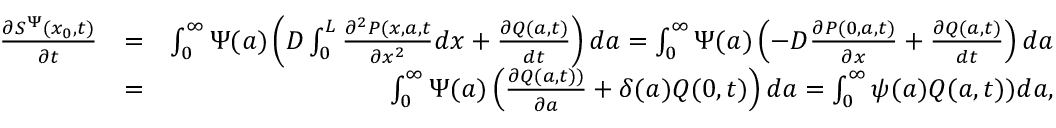
\begin{array} { r l r } { \frac { \partial S ^ { \Psi } ( x _ { 0 } , t ) } { \partial t } } & { = } & { \int _ { 0 } ^ { \infty } \Psi ( a ) \left( D \int _ { 0 } ^ { L } \frac { \partial ^ { 2 } P ( x , a , t } { \partial x ^ { 2 } } d x + \frac { \partial Q ( a , t ) } { d t } \right) d a = \int _ { 0 } ^ { \infty } \Psi ( a ) \left( - D \frac { \partial P ( 0 , a , t ) } { \partial x } + \frac { \partial Q ( a , t ) } { d t } \right) d a } \\ & { = } & { \int _ { 0 } ^ { \infty } \Psi ( a ) \left( \frac { \partial Q ( a , t ) ) } { \partial a } + \delta ( a ) Q ( 0 , t ) \right) d a = \int _ { 0 } ^ { \infty } \psi ( a ) Q ( a , t ) ) d a , } \end{array}